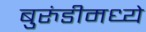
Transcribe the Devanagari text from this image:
बुरुंडीमध्ये